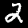
Digit: 2